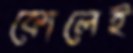
কোলেই